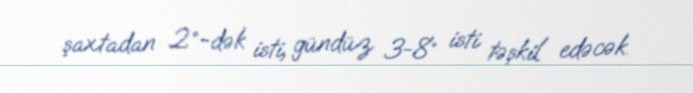
şaxtadan 2°-dək isti, gündüz 3-8° isti təşkil edəcək.